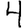
Digit: 4